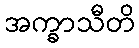
အက္ခာသီတိ